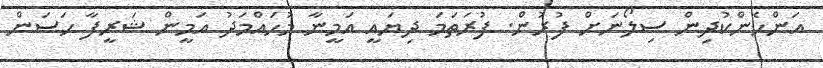
އަންހެންކުދިން ސިލޯނަށް ފުރުން. ފުރަތަމަ ދިޔައީ އަމީނާ މުހައްމަދު އަމީން ޝަރީފާ ޙަސަން